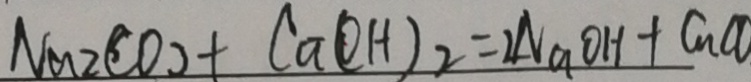
N a 2 C O _ { 2 } + C a ( O H ) _ { 2 } = 2 N a O H + C u C O